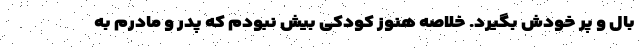
بال و پر خودش بگیرد. خلاصه هنوز کودکی بیش نبودم که پدر و مادرم به